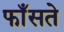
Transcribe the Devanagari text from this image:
फाँसते